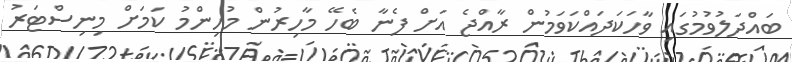
ބައްދަލުވުމުގައި ވާހަކަދައްކަވަމުން ރާއްޖެ އަށް ފެނާ ބެހޭ މާހިރުން މުހިންމު ކަމަށް މިނިސްޓަރު